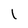
Character: l